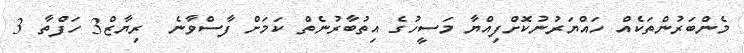
މެންބަރުންތަކެއް ހައްޔަރުނުކޮށްފިއްޔާ މަސީހުގެ އިތުބާރުނެތް ކަމަށް ފާސްވާނެ  ރިޔާޒް3 ހަފްތާ 3